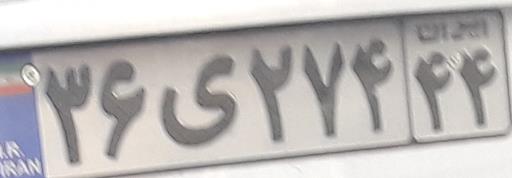
۳۶ی۲۷۴۴۴